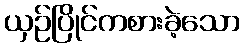
ယှဉ်ပြိုင်ကစားခဲ့သော